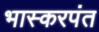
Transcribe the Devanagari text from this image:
भास्करपंत